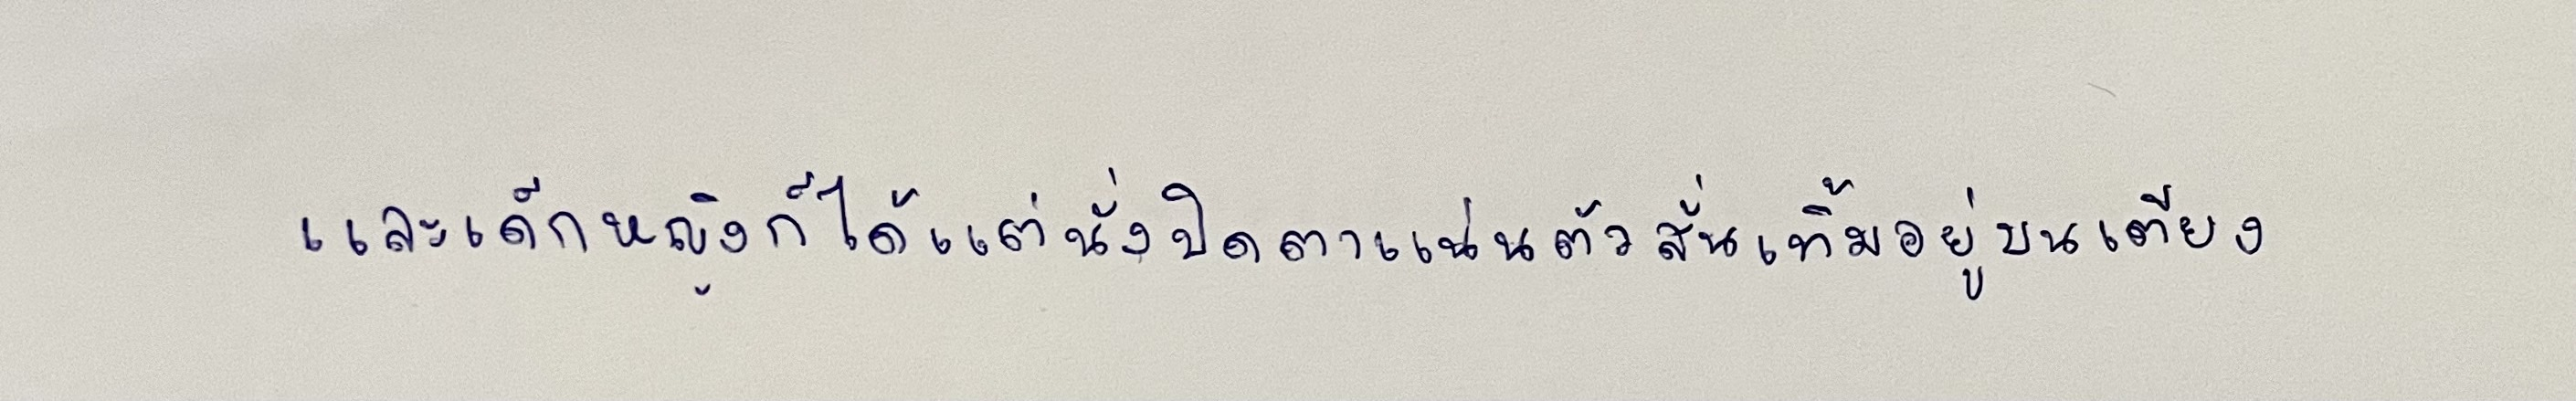
และเด็กหญิงก็ได้แต่นั่งปิดตาแน่นตัวสั่นเทิ้มอยู่บนเตียง